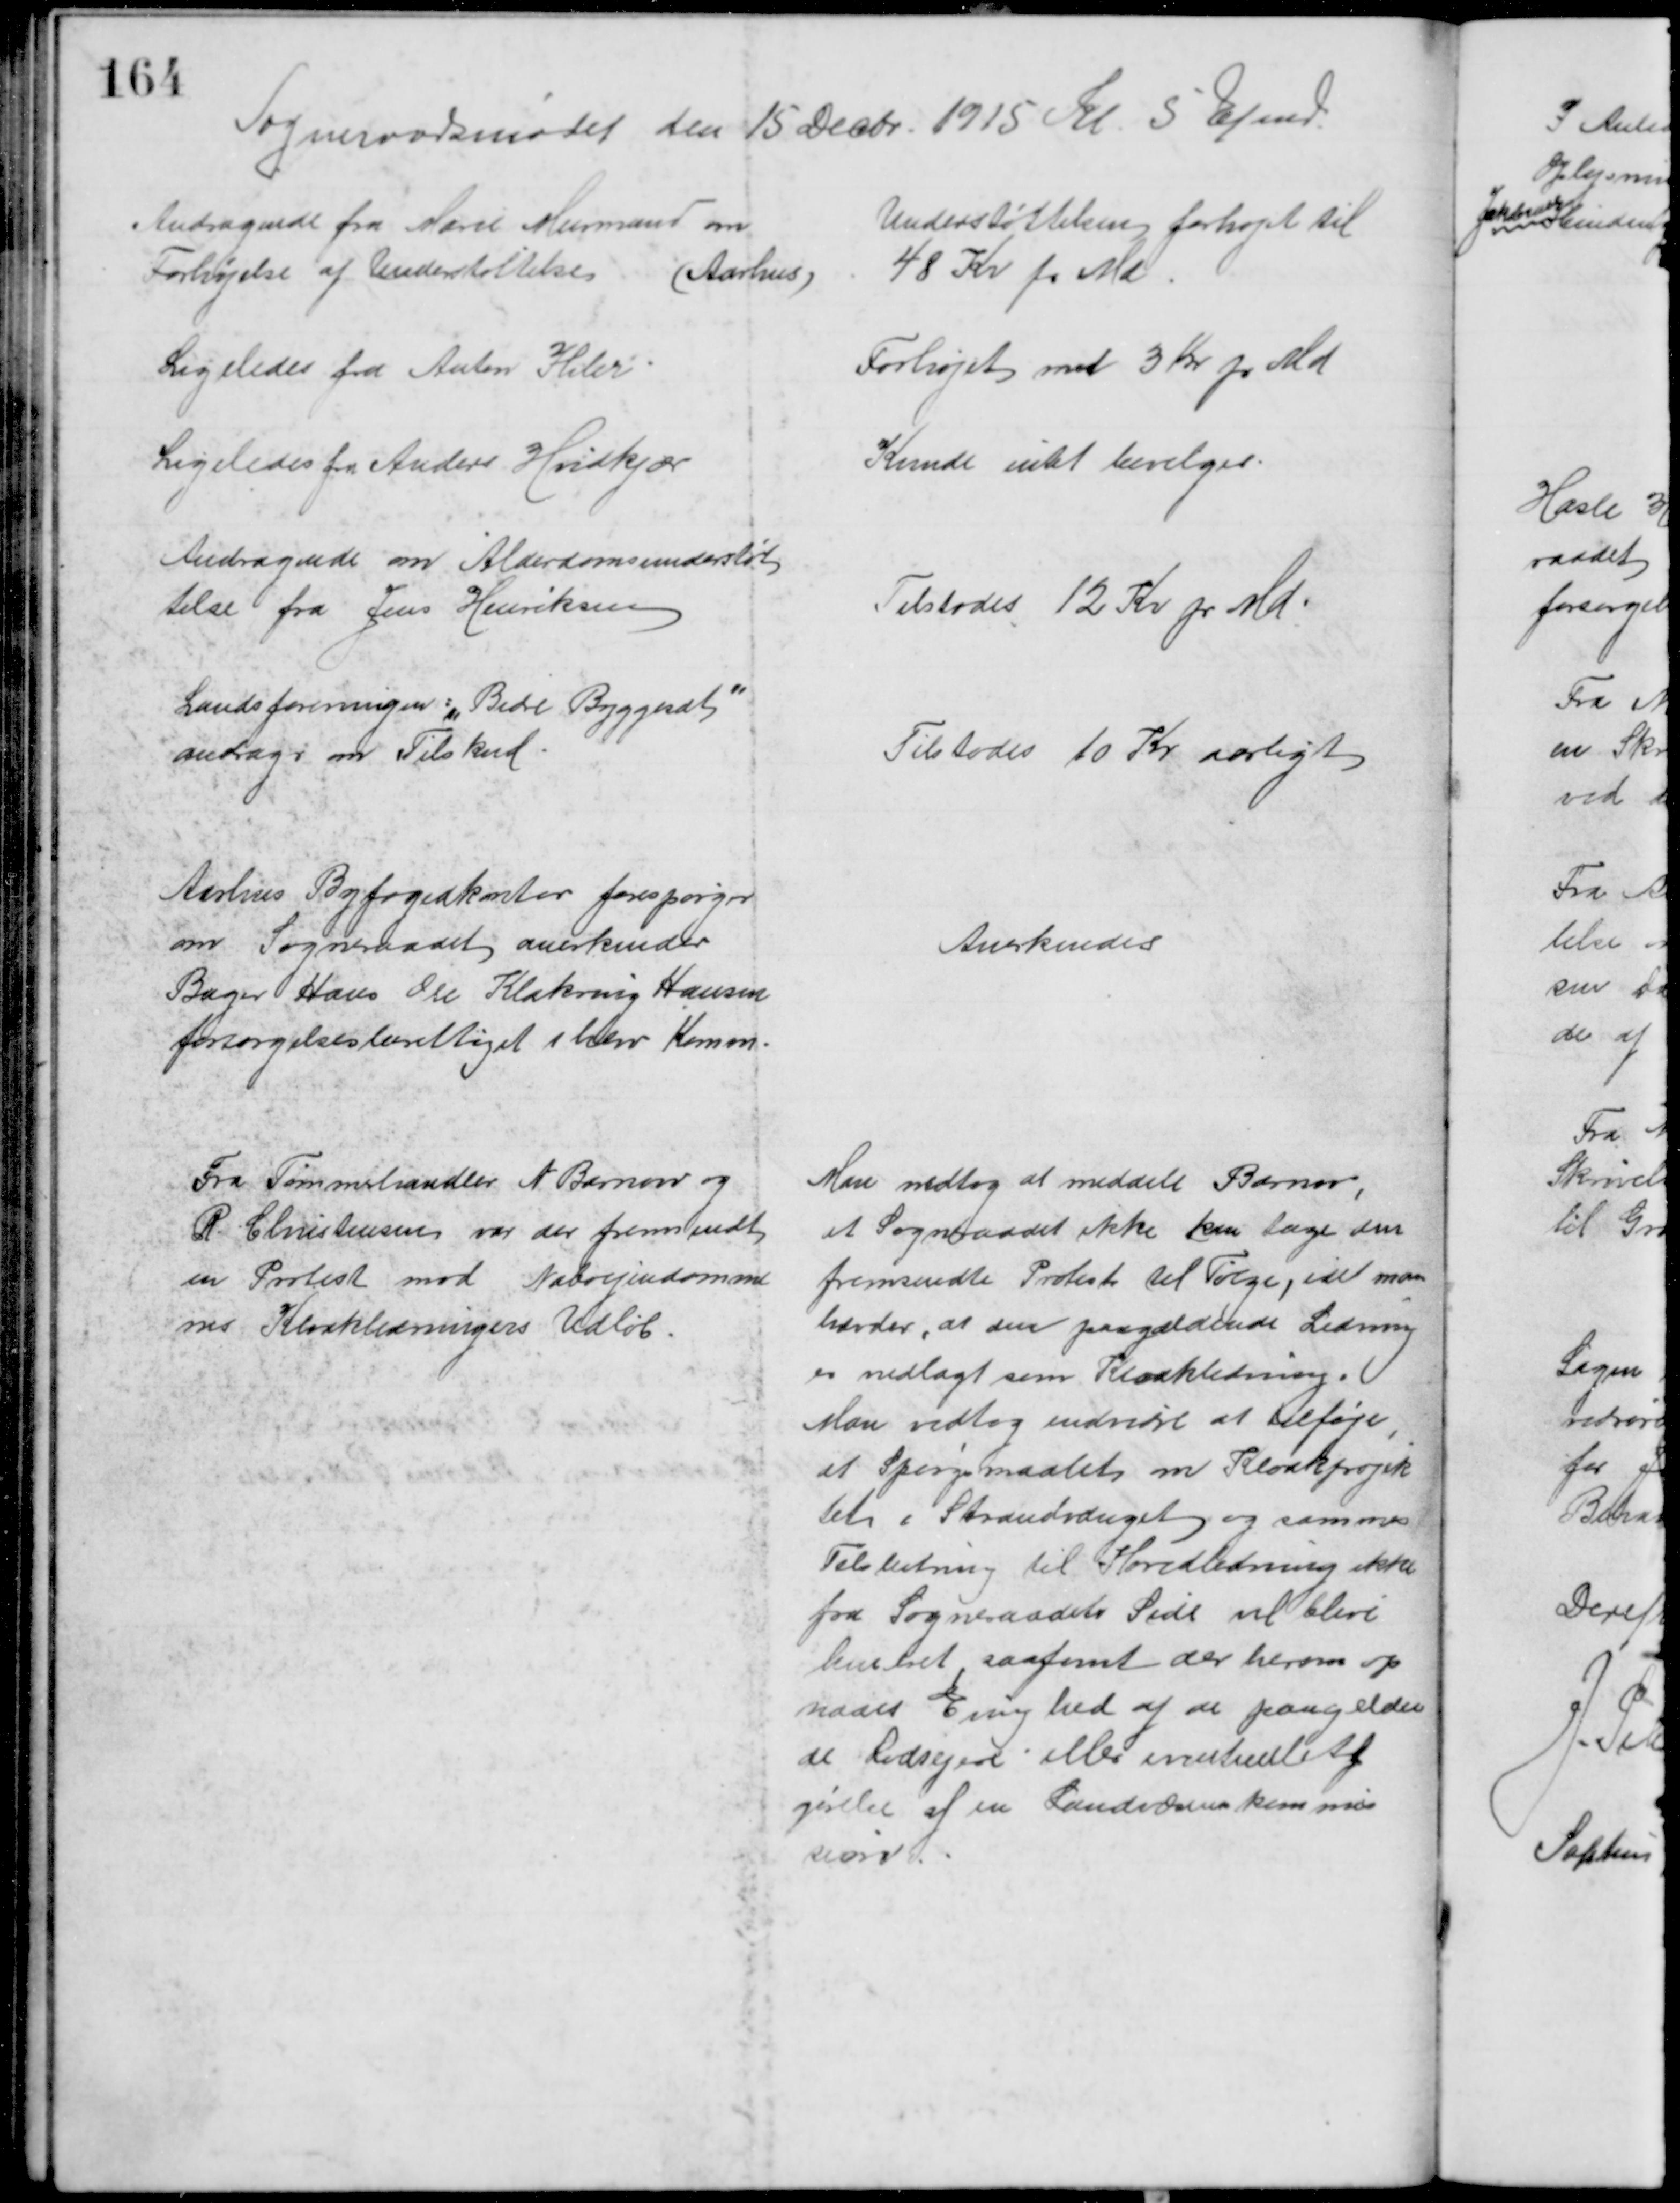
Transskription:
Sogneraadsmødet den 15 Decbr. 1915 Kl. 5 Efmd.
Andragende fra Marie Murmand om
Forhøjelse af Understøttelse (Aarhus)
Understøttelsen forhøjet til
48 Kr pr Md.
Ligeledes fra Anton Hiler.
Forhøjet med 3 Kr pr Md
Ligeledes fra Anders Hvidkjær
Kunde intet bevilges.
Andragende om Alderdomsunderstøt
telse fra Jens Henriksen
Tilstodes 12 Kr pr Md
Landsforeningen "Bedre Byggesat"
andrager om Tilskud.
Tilstodes 10 Kr aarligt
Aarhus Byfogedkontor forespørger
om Sogneraadet anerkender
Bager Hans Ole Klakring Hansen
forsørgelsesberettiget i herv Komm.
Anerkendes
Fra Tømmehandler A. Barnow og 
R. Christensen var der fremsendt
en Protest mod Naboejendomme
nes Kloakledningers Udløb.
Man vedtog at meddele Barnow,
at Sogneraadet ikke kan tage den 
fremsendte Protest til Følge, idet man
hævder, at den paagældende Ledning 
er nedlagt som Kloakledning.
Man vedtog endvidre at tilføje, 
at Spørgsmaalet om Kloakprojek
tet i Strandvænget og sammes
Tilslutning til Hovedledning ikke
fra Sogneraadets Side vil blive 
hindret saafemt der herom op
naaes Enighed af de paagælden
de Lodsejere eller eventuel Af
gørelse af en Landvæsenskommis
sion